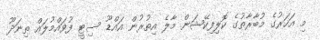
މި އަހަރުގެ މުބާރާތުގެ ކޮލިފިކޭޝަން މާލެ އިތުރުން އައްޑޫ ސިޓީ ފުވައްމުލައް ތިނަދޫ